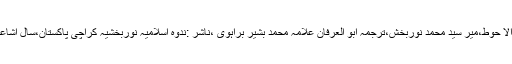
4.	الفقہ الا حوط،میر سید محمد نوربخش،ترجمہ ابو العرفان علامہ محمد بشیر براہوی ،ناشر :ندوہ اسلامیہ نوربخشیہ کراچی پاکستان،سال اشاعت ١٩٨٨۔